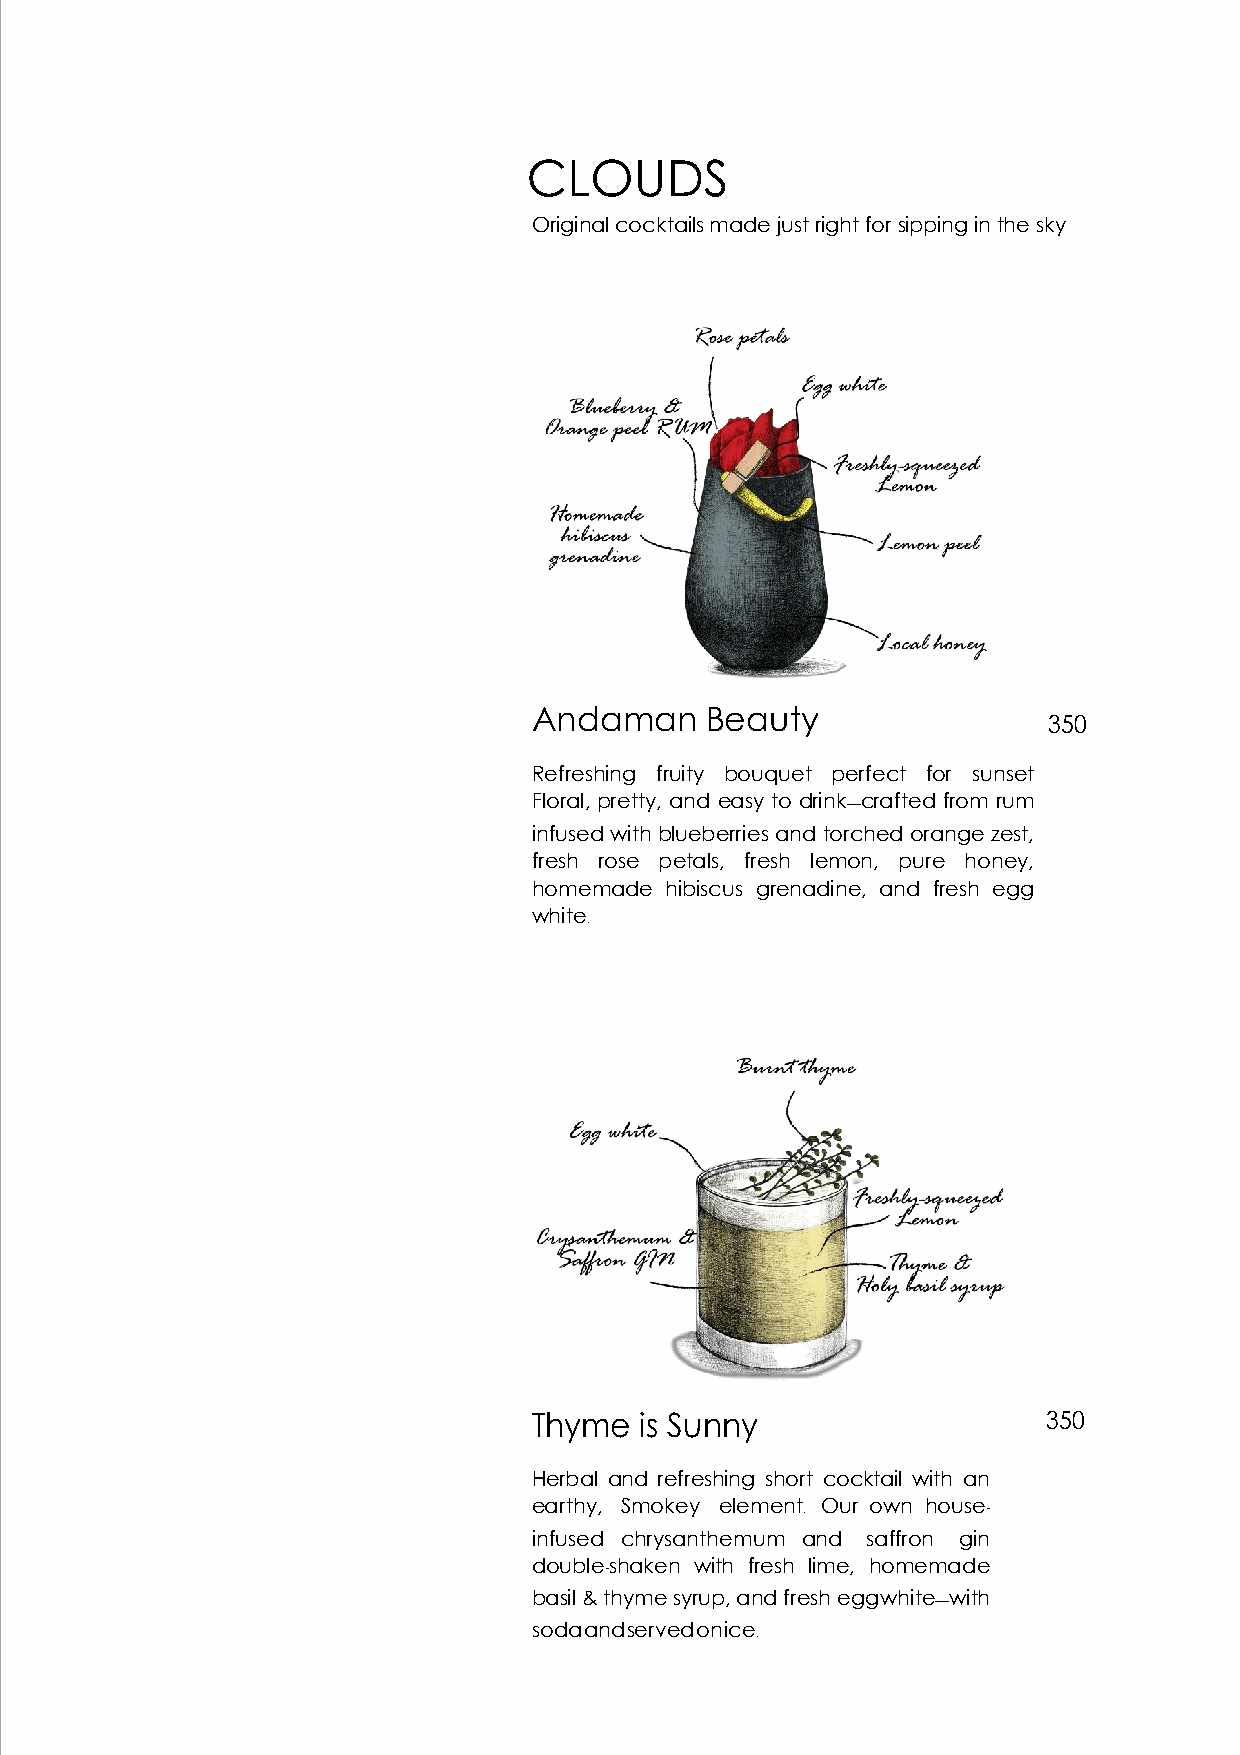
CLOUDS
 Original cocktails made just right for sipping in the sky
 Andaman     Beauty
 350
 Refreshing fruity bouquet perfect for sunset
 Floral, pretty, and easy to drink—crafted from rum
 infused with blueberries and torched orange zest,
 fresh rose petals, fresh lemon, pure honey,
 homemade hibiscus grenadine, and fresh egg
 white.
 Thyme  is Sunny                   350
 Herbal and refreshing short cocktail with an
 earthy, Smokey element. Our own house-
 infused chrysanthemum and saffron gin
 double-shaken with fresh lime, homemade
 basil & thyme syrup, and fresh egg white—with
 soda and served on ice.